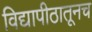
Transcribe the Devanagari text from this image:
विद्यापीठातूनच